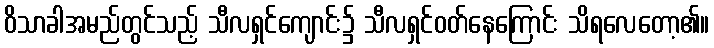
ဝိသာခါအမည်တွင်သည့် သီလရှင်ကျောင်း၌ သီလရှင်ဝတ်နေကြောင်း သိရလေတော့၏။